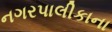
નગરપાલીકાના